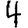
Digit: 4